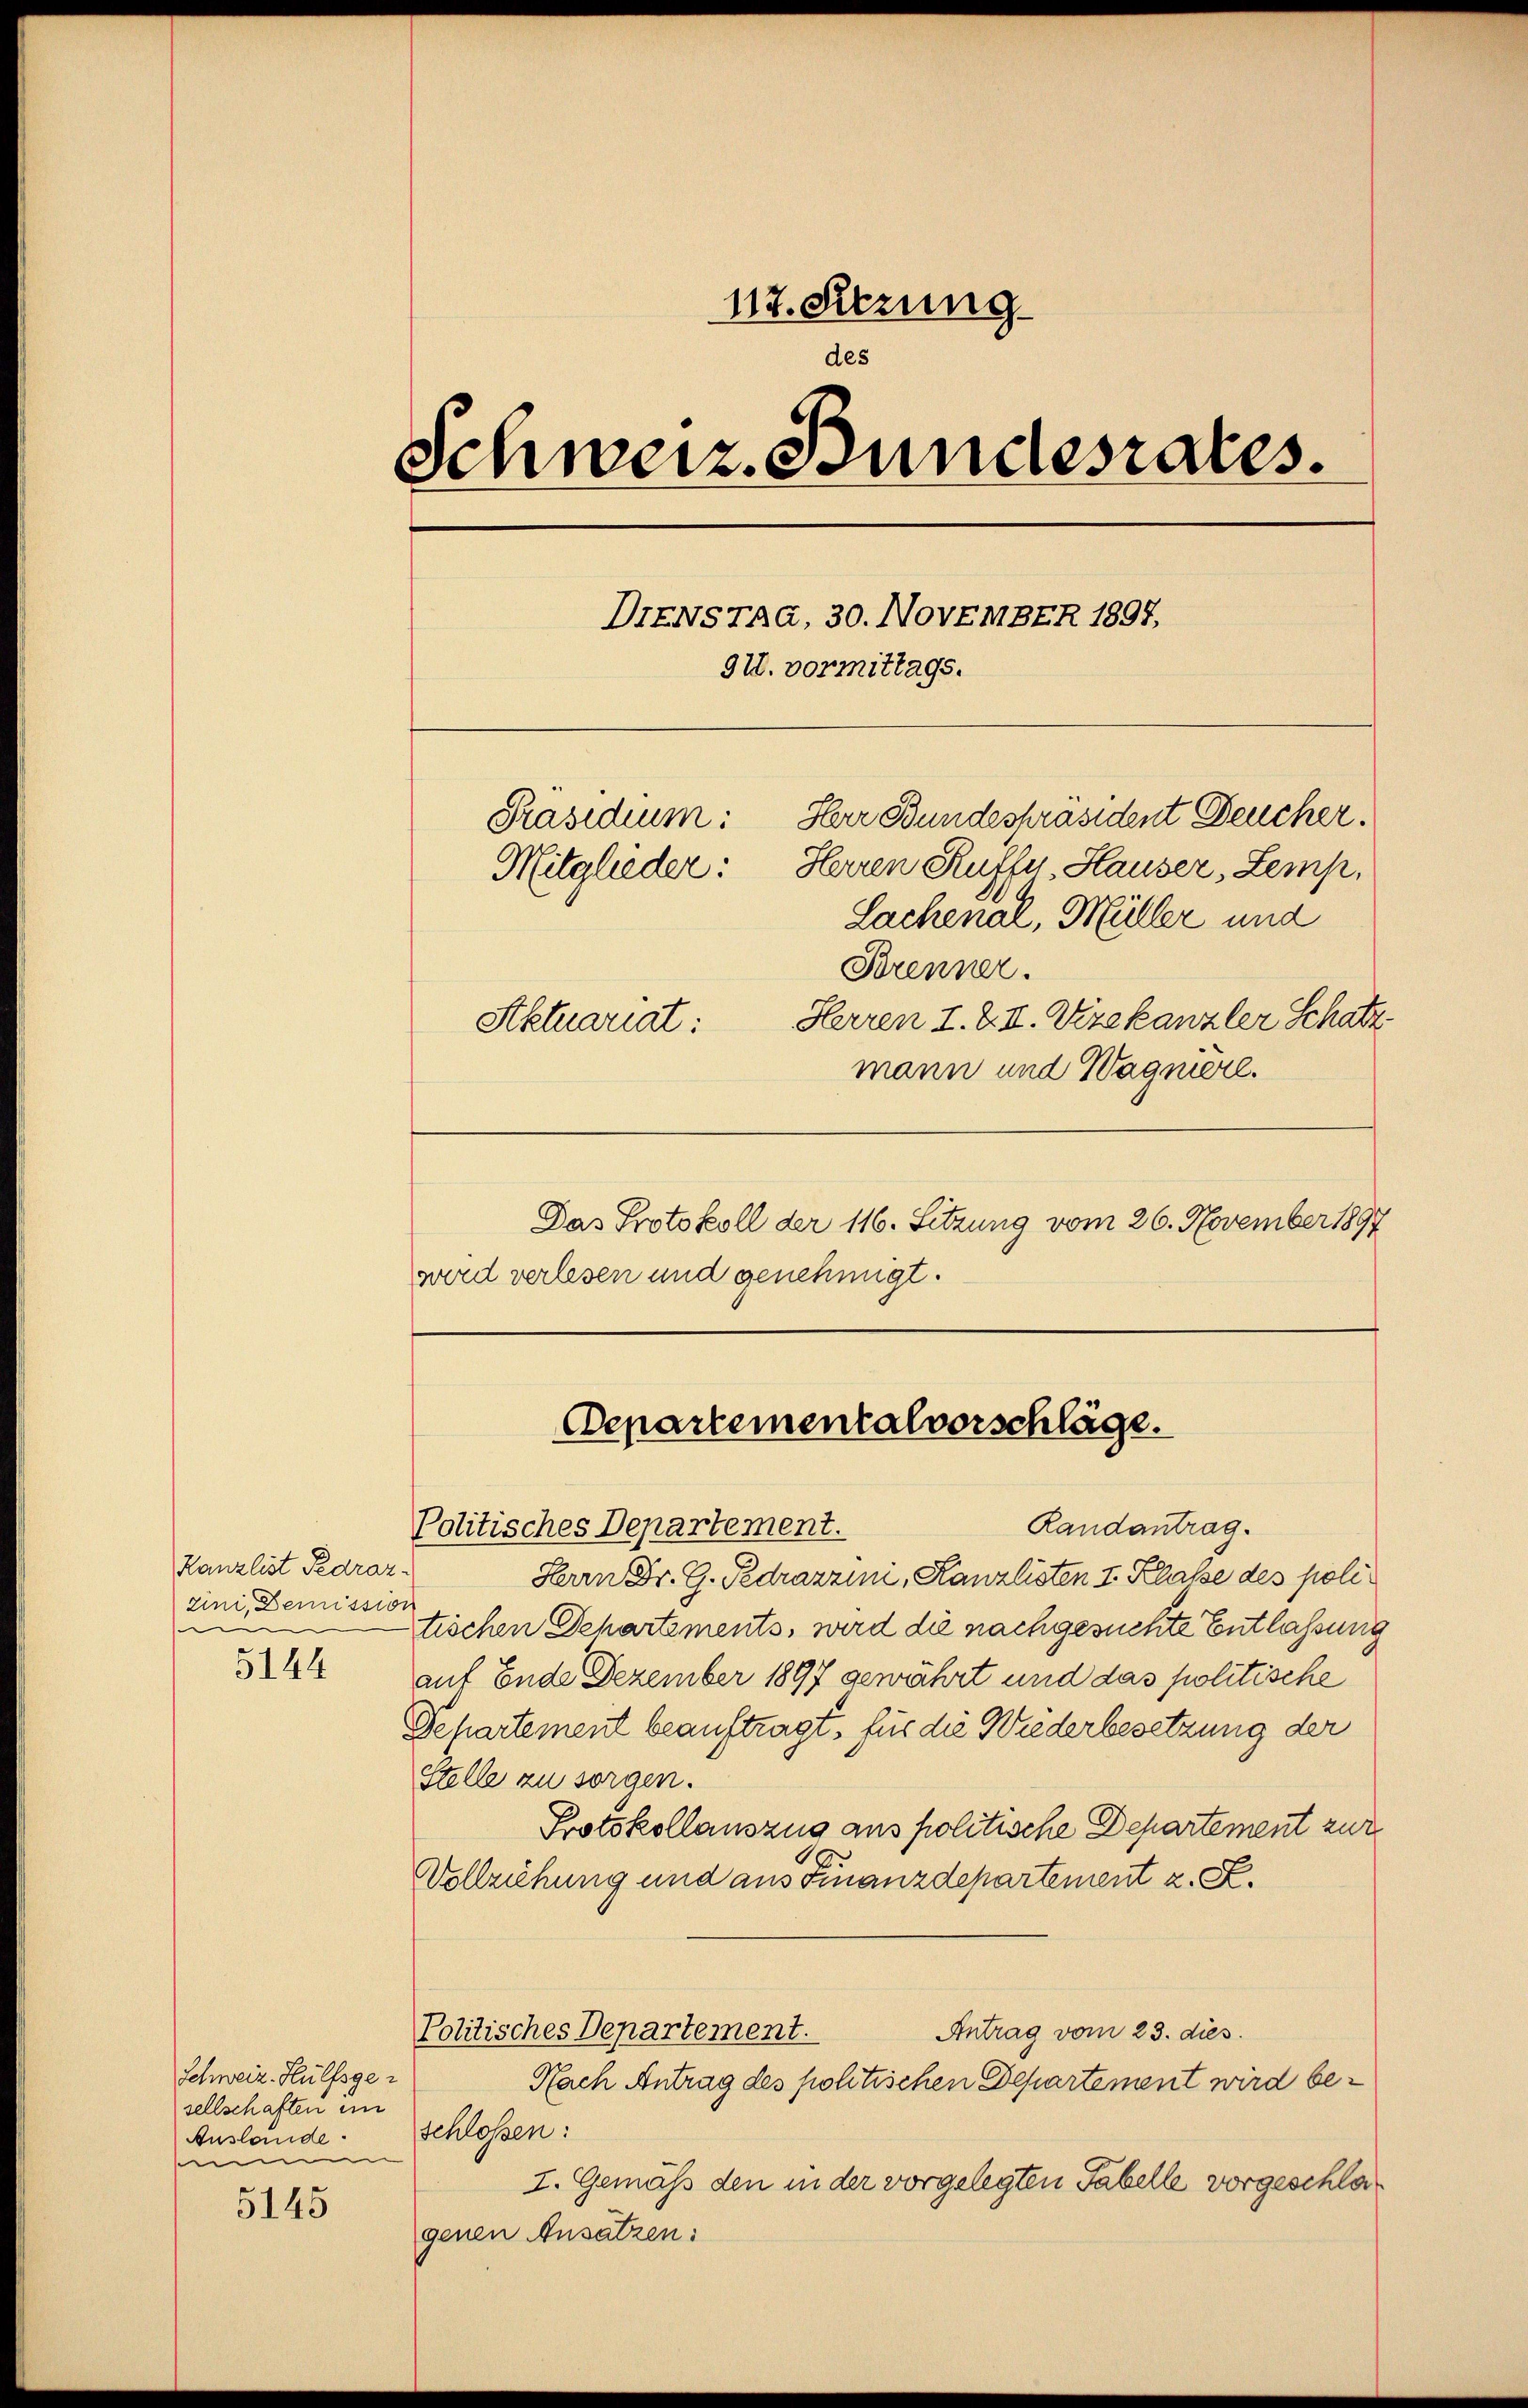
Kanzlist Pedraz
zini, Demissio
e
e
5144

Schweiz. Hülfsgesellschaften ein
Auslande
m

5145

117. Setzung.
des
Schweiz. Bundesrates.
DTENSTAG, 30. NovEMBER 1897,
928. vormittags.
Präsidium: Herr Bundespräsident Deucher.
Herren Kuffe, Hauser, Lemp,
Mitglieder.
Lachenal, Müller und
Brenner.
Herren I. & II. Vizekanzler Schatz
Aktuariat:
mann und Wagnere.
Das Protokoll der 116. Sitzung vom 26. November 1897

wird verlesen und genehmigt.

Departementalvorschläge.
Randantrag.
Politisches Departement.

Herrn Dr. G. Pedrazzini, Kanzlisten I. Klasse des poli
tischen Dehartements, wird die nachgesuchte Entlassung
auf Ende Dezember 1897 gewährt und das politische
Departement beauftragt, für die Wiederbesetzung der
Stelle zu sorgen.
Protokollauszug aus politische Departement zur
Vollziehung und aus Finanzdepartement z. S.
Antrag vom 23. dies
Politisches Departement.
Nach Antrag des politischen Departement wird beschlossen:
I. Gemäß den in der vorgelegten Fabelle vorgeschlagenen Ansätzen: